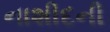
નાશીદની